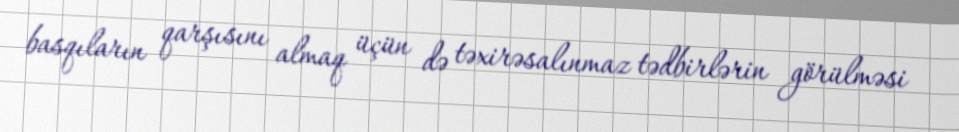
basqıların qarşısını almaq üçün də təxirəsalınmaz tədbirlərin görülməsi